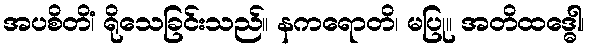
အပစိတိံ၊ ရိုသေခြင်းသည်။ နကရောတိ၊ မပြု။ အတိထဒ္ဓေါ၊